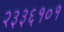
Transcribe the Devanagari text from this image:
२३३६१०१